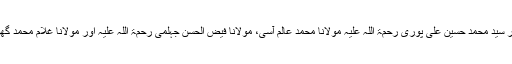
آپ کے شاگردوں میں سراج الملّت پیر سیّد محمد حسین علی پوری رحمۃ اللہ علیہ مولانا محمد عالم آسی، مولانا فیض الحسن جہلمی رحمۃ اللہ علیہ اور مولانا غلام محمد گھوٹوی رحمۃ اللہ علیہ بہت مشہور ہیں۔